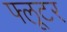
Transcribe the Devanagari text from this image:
फ्लूटर